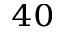
^ { 4 0 }